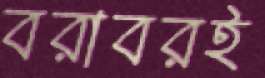
বরাবরই